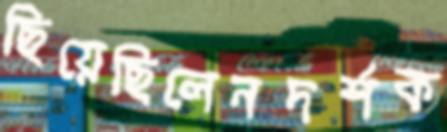
ছিয়েছিলেনদর্শক